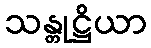
သန္တုဋ္ဌိယာ